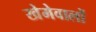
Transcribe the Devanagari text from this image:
खेमेवालों